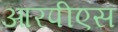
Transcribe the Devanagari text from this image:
आरपीएस